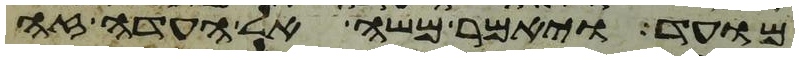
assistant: מועד ויאמר משה אל העדה זה